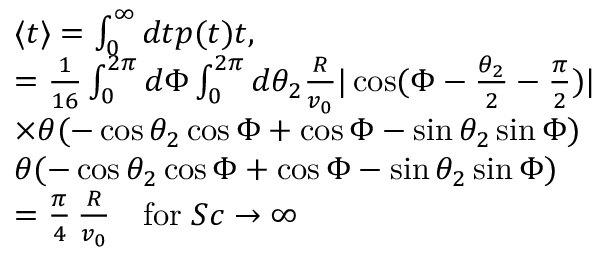
\begin{array} { r l } & { \langle t \rangle = \int _ { 0 } ^ { \infty } d t p ( t ) t , } \\ & { = \frac { 1 } { 1 6 } \int _ { 0 } ^ { 2 \pi } d \Phi \int _ { 0 } ^ { 2 \pi } d \theta _ { 2 } \frac { R } { v _ { 0 } } | \cos ( \Phi - \frac { \theta _ { 2 } } { 2 } - \frac { \pi } { 2 } ) | } \\ & { \times \theta ( - \cos \theta _ { 2 } \cos \Phi + \cos \Phi - \sin \theta _ { 2 } \sin \Phi ) } \\ & { \theta ( - \cos \theta _ { 2 } \cos \Phi + \cos \Phi - \sin \theta _ { 2 } \sin \Phi ) } \\ & { = \frac { \pi } { 4 } \, \frac { R } { v _ { 0 } } \, \; \; \; \mathrm { f o r } \; S c \rightarrow \infty } \end{array}